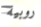
روبية